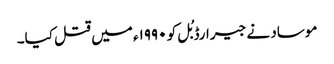
موساد نے جیرارڈ بُل کو ۱۹۹۰ء میں قتل کیا۔